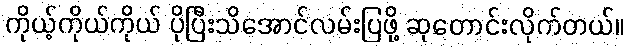
ကိုယ့်ကိုယ်ကိုယ် ပိုပြီးသိအောင်လမ်းပြဖို့ ဆုတောင်းလိုက်တယ်။